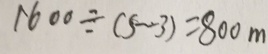
1 6 0 0 \div ( 5 - 3 ) = 8 0 0 m